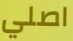
اصلي